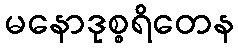
မနောဒုစ္စရိတေန